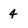
Character: 4